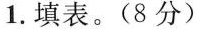
1.填表。(8分)